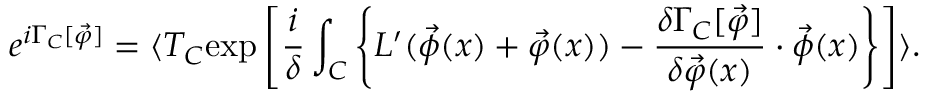
e ^ { i \Gamma _ { C } [ \vec { \varphi } ] } = \langle T _ { C } \mathrm { e x p } \left[ \frac { i } { \delta } \int _ { C } \left\{ { \cal L } ^ { \prime } ( \vec { \phi } ( x ) + \vec { \varphi } ( x ) ) - \frac { \delta \Gamma _ { C } [ \vec { \varphi } ] } { \delta \vec { \varphi } ( x ) } \cdot \vec { \phi } ( x ) \right\} \right] \rangle .